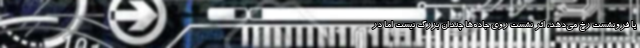
یا فرونشست رخ می‌دهد، اثر نشست روی جاده‌ها چندان بزرگ نیست اما در